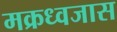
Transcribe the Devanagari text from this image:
मक्रध्वजास